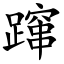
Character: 蹿